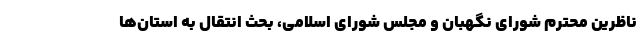
ناظرین محترم شورای نگهبان و مجلس شورای اسلامی، بحث انتقال به استان‌ها